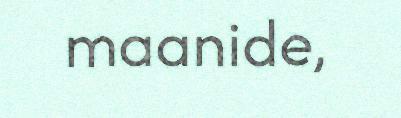
maanide,